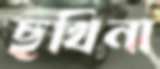
ছখিনা